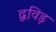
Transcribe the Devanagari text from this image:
द्वविड़